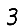
Digit: 3